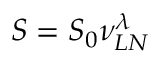
S = S _ { 0 } \nu _ { L N } ^ { \lambda }